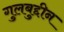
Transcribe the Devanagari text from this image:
गुलबुद्दीन